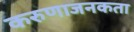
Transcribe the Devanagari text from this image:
करुणाजनकता